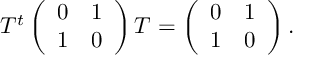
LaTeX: T ^ { t } \left( \begin{array} { c c } { { 0 } } & { { 1 } } \\ { { 1 } } & { { 0 } } \end{array} \right) T = \left( \begin{array} { c c } { { 0 } } & { { 1 } } \\ { { 1 } } & { { 0 } } \end{array} \right) .